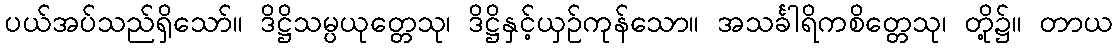
ပယ်အပ်သည်ရှိသော်။ ဒိဋ္ဌိသမ္ပယုတ္တေသု၊ ဒိဋ္ဌိနှင့်ယှဉ်ကုန်သော။ အသင်္ခါရိကစိတ္တေသု၊ တို့၌။ တာယ